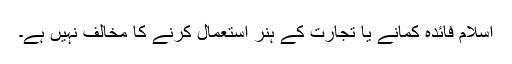
اسلام فائدہ کمانے يا تجارت کے ہنر استعمال کرنے کا مخالف نہيں ہے۔